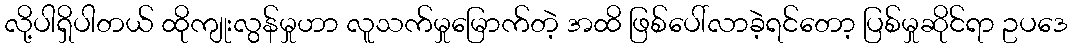
လို့ပါရှိပါတယ် ထိုကျုးလွန်မှုဟာ လူသက်မှုမြောက်တဲ့ အထိ ဖြစ်ပေါ်လာခဲ့ရင်တော့ ပြစ်မှုဆိုင်ရာ ဥပဒေ